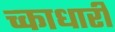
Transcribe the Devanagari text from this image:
च्काधारी